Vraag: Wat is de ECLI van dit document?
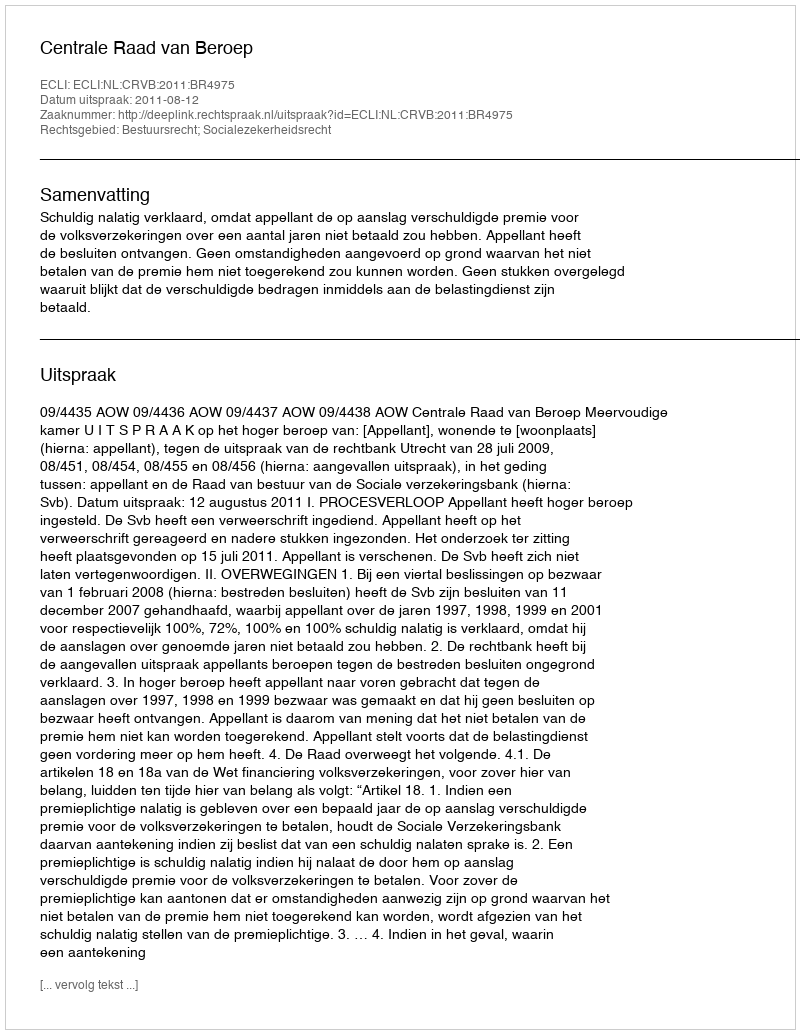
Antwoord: ECLI:NL:CRVB:2011:BR4975